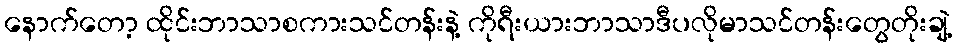
နောက်တော့ ထိုင်းဘာသာစကားသင်တန်းနဲ့ ကိုရီးယားဘာသာဒီပလိုမာသင်တန်းတွေတိုးချဲ့